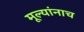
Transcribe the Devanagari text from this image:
मूल्यांनाच